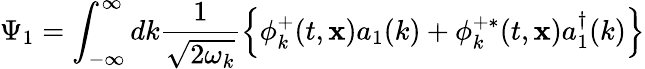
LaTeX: \Psi_{1}=\int_{-\infty}^{\infty}dk\frac{1}{\sqrt{2\omega_{k}}}\left\{ \phi_{k}^{+}(t,{\mathbf x})a_{1}(k)+\phi_{k}^{+\ast}(t,{\mathbf x})a_{1}^{\dagger}(k)\right\}